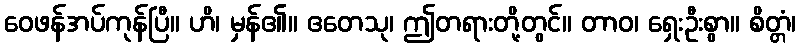
ဝေဖန်အပ်ကုန်ပြီ။ ဟိ၊ မှန်၏။ ဧတေသု၊ ဤတရားတို့တွင်။ တာဝ၊ ရှေးဦးစွာ။ စိတ္တံ၊